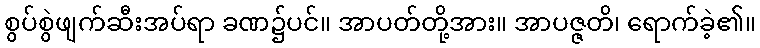
စွပ်စွဲဖျက်ဆီးအပ်ရာ ခဏ၌ပင်။ အာပတ်တို့အား။ အာပဇ္ဇတိ၊ ရောက်ခဲ့၏။